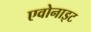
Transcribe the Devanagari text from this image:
एवोनाइट